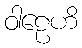
ဝါဠေဟိ